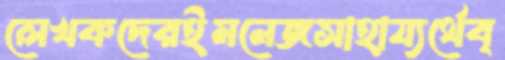
লেখকদেরইমনেজসাহায্যর্থেব্